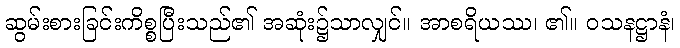
ဆွမ်းစားခြင်းကိစ္စပြီးသည်၏ အဆုံး၌သာလျှင်။ အာစရိယဿ၊ ၏။ ဝသနဋ္ဌာနံ၊